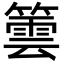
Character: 䉙